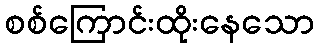
စစ်ကြောင်းထိုးနေသော